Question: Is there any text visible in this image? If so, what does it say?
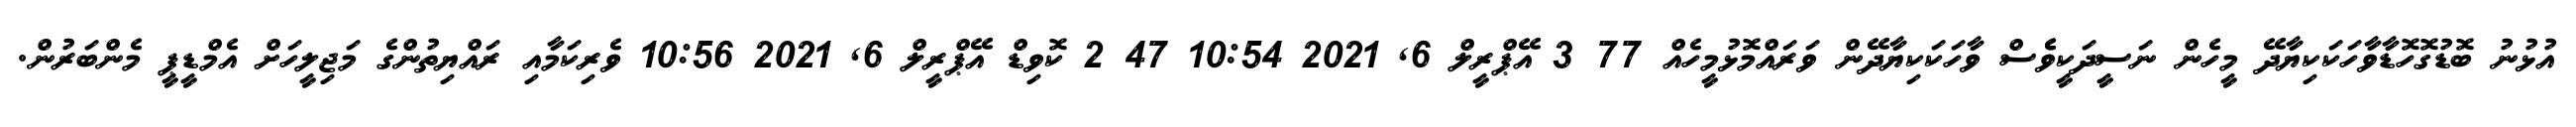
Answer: އުޅުނު ބޮޑުގޮހޮޑާވާހަކަކިޔާދޭ މީހެން ނަސީދަކީވެެސް ވާހަކަކިޔާދޭން ވަރައްމޮޅުމީހެއް 77 3 އޭޕްރީލް 6, 2021 10:54 47 2 ކޮވިޑް އޭޕްރީލް 6, 2021 10:56 ވެރިކަމާއި ރައްޔިތުންގެ މަޖިލީހަށް އެމްޑީޕީ މެންބަރުން.